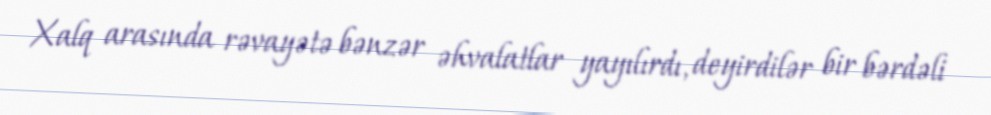
Xalq arasında rəvayətə bənzər əhvalatlar yayılırdı, deyirdilər bir bərdəli